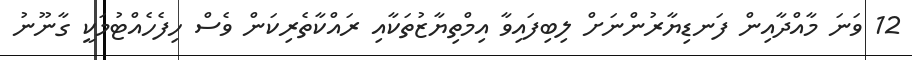
12 ވަނަ މާއްދާއިން ފަނޑިޔާރުންނަށް ލިބިފައިވާ އިމްތިޔާޒުތަކާއި ރައްކާތެރިކަން ވެސް ހިފެހެއްޓުމަކީ ގާނޫނު